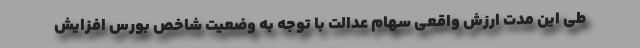
طی این مدت ارزش واقعی سهام عدالت با توجه به وضعیت شاخص بورس افزایش